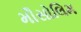
મૌસોલિમ